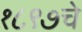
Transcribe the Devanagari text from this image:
१८९७चे